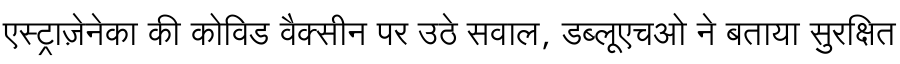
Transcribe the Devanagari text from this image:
एस्ट्राज़ेनेका की कोविड वैक्सीन पर उठे सवाल, डब्लूएचओ ने बताया सुरक्षित